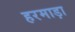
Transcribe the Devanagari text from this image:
हरमाड़ा